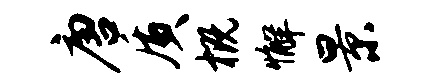
唐质概懈景